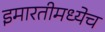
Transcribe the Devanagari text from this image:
इमारतीमध्येच